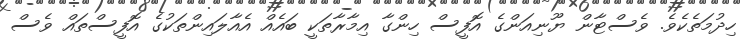
ހިދުމަތެކެވެ. ވެސްޓާން ޔޫނިއަންގެ އޮފީސް ހިންގާ އިމާރާތަކީ ބައެއް އެއާލައިންތަކުގެ އޮފީސްތައް ވެސް